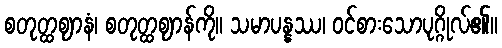
စတုတ္ထဈာနံ၊ စတုတ္ထဈာန်ကို။ သမာပန္နဿ၊ ဝင်စားသောပုဂ္ဂိုလ်၏။